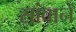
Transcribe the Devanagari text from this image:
सांबानें